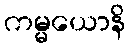
ကမ္မယောနိ